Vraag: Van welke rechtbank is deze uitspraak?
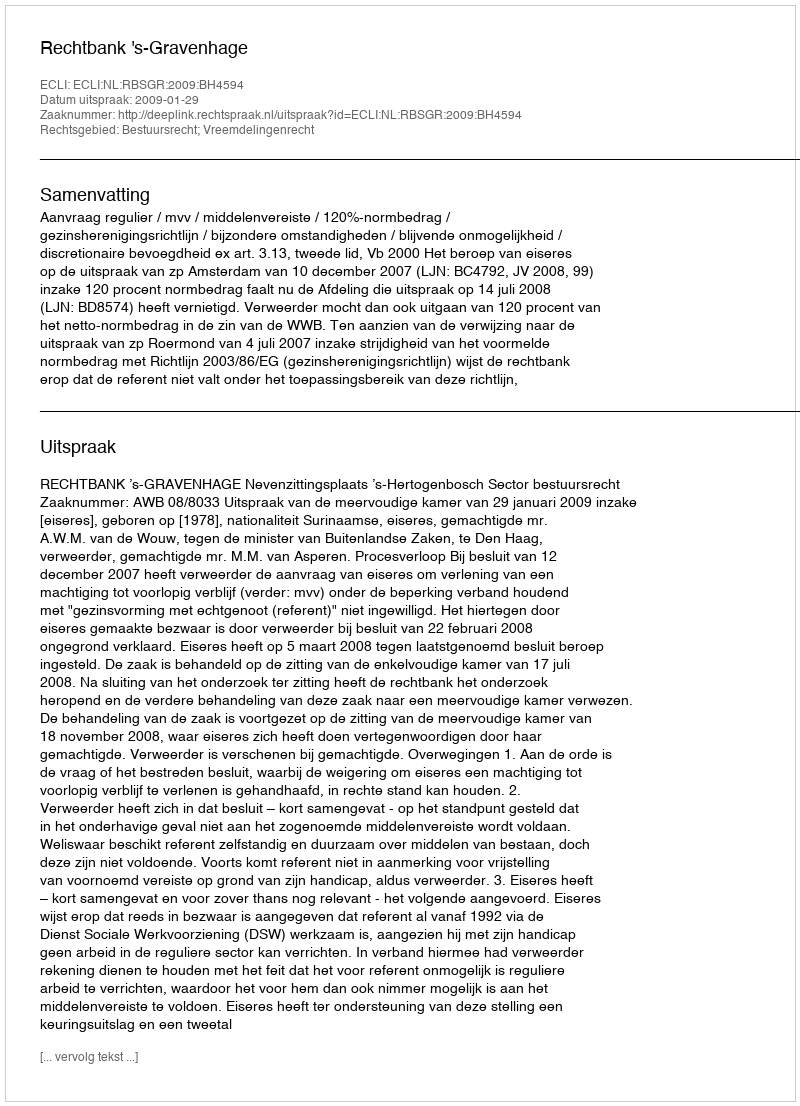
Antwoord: Rechtbank 's-Gravenhage